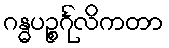
ဂန္ဓပဉ္စင်္ဂုလိကတာ